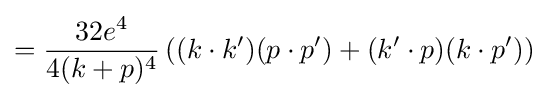
={\frac {32e^{4}}{4(k+p)^{4}}}\left((k\cdot k')(p\cdot p')+(k'\cdot p)(k\cdot p')\right)